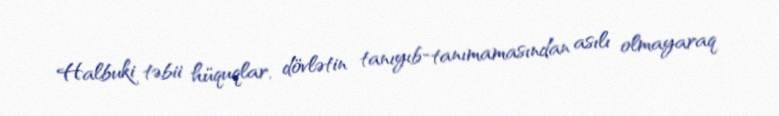
Halbuki təbii hüquqlar, dövlətin tanıyıb-tanımamasından asılı olmayaraq